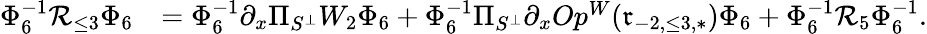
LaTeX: \begin{array}{rl}{\Phi_{6}^{-1}\mathcal{R}_{\le 3}\Phi_{6}}&{=\Phi_{6}^{-1}\partial_{x}\Pi_{S^{\perp}}W_{2}\Phi_{6}+\Phi_{6}^{-1}\Pi_{S^{\perp}}\partial_{x}Op^{W}(\mathfrak{r}_{-2,\le 3,*})\Phi_{6}+\Phi_{6}^{-1}\mathcal{R}_{5}\Phi_{6}^{-1}.}\end{array}